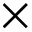
\times